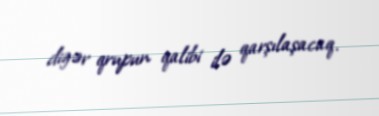
digər qrupun qalibi ilə qarşılaşacaq.